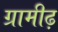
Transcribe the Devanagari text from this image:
ग्रामीढ़